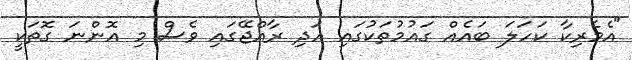
"އެމެރިކާ ކަހަލަ ބައެއް ގައުމުތަކުގައި އަދި ރާއްޖޭގައި ވެސް މި އޮންނަ ގޮތަކީ